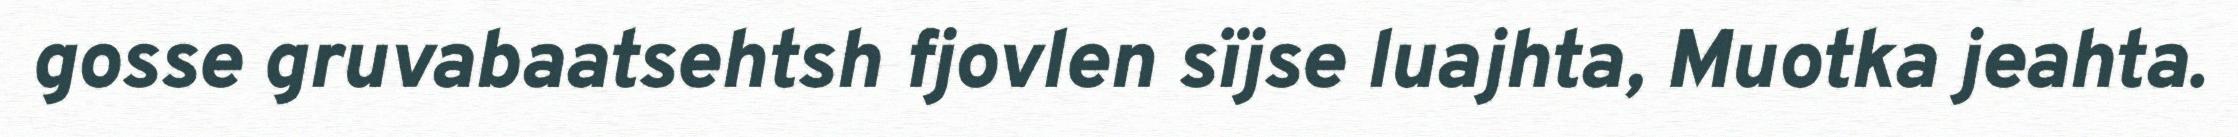
gosse gruvabaatsehtsh fjovlen sïjse luajhta, Muotka jeahta.